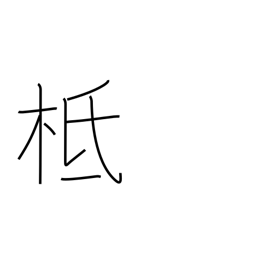
Meaning: founded on